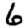
Digit: 6